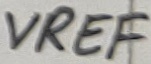
Text: VREF